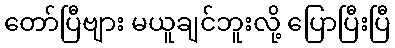
တော်ပြီဗျား မယူချင်ဘူးလို့ ပြောပြီးပြီ